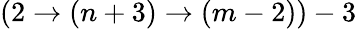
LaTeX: (2\rightarrow(n+3)\rightarrow(m-2))-3